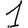
Digit: 1